Indian journal of veterinary science and animal husbandry - Volume 14,
Year: 1944
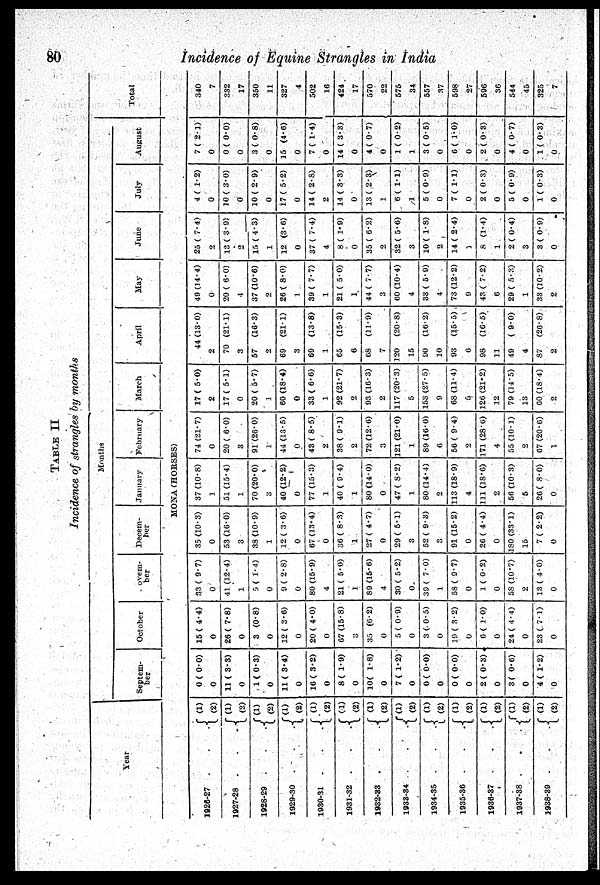
80
Incidence of Equine Strangles in India
TABLE
II
Incidence of strangles by months
Year
1826-27
.
.
.
1927-28 .
.
.
1928-29
.
.
.
1929-30
.
.
.
1930-31 .
.
.
1931-32 .
.
.
1932-33 .
.
.
1933-34 .
.
.
1934-35 . . .
1935-36 . . .
1936-37 .
.
.
1937-38 .
.
.
1938-39 .
.
.
(1)
(2)
(1)
(2)
(1)
(2)
(1)
(2)
(1)
(2)
(1)
(2)
(1)
(2)
(1)
(2)
(1)
(2)
(1)
(2)
(1)
(2)
(1)
(2)
(1)
(2)
Months
Septem-
ber
October
ovem-
ber
Decem-
ber
January
February
March
April
May
June
July
August
Total
MONA (HORSES)
0 ( 0.0)
0
11 ( 3.3)
0
1 ( 0.3)
0
11 ( 3.4)
0
16 ( 3.2)
0
8 ( 1.9)
0
10( 1.8)
0
7 ( 1.2)
0
0 ( 0.0)
0
0 ( 0.0)
0
2 ( 0.3)
0
3 ( 0.6)
0
4 ( 1.2)
0
15 ( 4.4)
0
26 ( 7.8)
0
3 (0.8)
0
12 ( 3.6)
0
20 ( 4.0)
0
67 (15.8)
3
35 (6.2)
0
5 ( 0.9)
0
3 (. 0.5)
0
19 ( 3.2)
0
6 ( 1.0)
0
24 ( 4.4)
0
23 ( 7.1)
0
33 ( 9.7)
0
41 (12.4)
1
5 ( 1.4)
0
9 ( 2.8)
0
80 (15.9)
4
21 ( 5.0)
1
89 (15.6)
4
30 ( 5.2)
0
39 ( 7.0)
1
58 ( 9.7)
0
1 ( 0.2)
0
58 (10.7)
2
13 ( 4.0)
0
35 (10.3)
0
53 (16.0)
3
38 (10.9)
1
12 ( 3-6)
0
67 (13.4)
0
36 ( 8.3)
1
27 ( 4.7)
0
29 ( 5.1)
3
52 ( 9.3)
3
91 (15.2)
0
26 ( 4.4)
0
180 (33.1)
15
7 ( 2.2)
0
37 (10.8)
1
51 (15.4)
1
70 (20.0)
3
40 (12.2)
0
77 (15.3)
1
40 ( 9.4)
1
80 (14.0)
0
47 ( 8.2)
1
80 (14.4)
2
113 (18.9)
4
111 (18.6)
2
56 (10.3)
5
26 ( 8.0)
0
74 (21.7)
0
20 ( 6.0)
3
91 (26.0)
1
44 (13.5)
0
43 ( 8.5)
2
38 ( 9.1)
2
72 (12.6)
3
121 (21.0)
1
89 (16.0)
6
56 ( 9.4)
2
171 (28.6)
4
55 (10.1)
2
67 (20.6)
1
17 ( 5.0)
2
17 ( 5.1)
0
20 ( 5.7)
1
60 (18.4)
0
33 ( 6.6)
1
92 (21.7)
93 (16.3)
2
117 (20.3)
5
153 (27.5)
9
68 (11.4)
5
126 (21.2)
12
79 (14.5)
13
60 (18.4)
2
44 (13.0)
2
70 (21.1)
3
57
(16.3)
69
(21.1)
3
69
(13.8)
1
65
(15.3)
6
68
(11-9)
7
120
(20.8)
15
90
(16.2)
10
93
(15.5)
6
98
(16.5)
11
49 ( 9.0)
4
87
(26.8)
2
49 (14.4)
0
20 ( 6.0)
4
37 (10.6)
26 ( 8.0)
1
39 ( 7.7)
1
21 ( 5.0)
1
44 ( 7.7)
3
60 (10.4)
4
33 ( 5.9)
4
73 (12.2)
9
43 ( 7.2)
6
29 ( 5.3)
1
33 (10.2)
2
25 ( 7.4)
2
13 ( 3.9)
15 ( 4.3)
1
12 (3.6)
0
37 ( 7.4)
4
8 ( 1.9)
0
35 ( 6.2)
2
32 ( 5.6)
3
10 ( 1.8)
2
14 ( 2.4)
1
8 (1.4)
1
2 ( 0.4)
3
3 ( 0.9)
0
4 ( 1.2)
0
10 ( 3.0)
0
10 ( 2.9)
0
17 ( 5.2)
0
14 ( 2.3)
2
14 ( 3.3)
0
13 ( 2.3)
1
6 ( 1.1)
1
5 ( 0.9)
0
7 ( 1.1)
0
2 ( 0.3)
0
5 ( 0.9)
0
1 ( 0.3)
0
7 ( 2.1)
0
0 ( 0.0)
0
3 ( 0.8)
0
15 (4.6)
0
7 ( 1.4)
0
14 ( 3.3)
0
4 ( 0.7)
0
1 ( 0.2)
1
3 ( 0.5)
0
6 ( 1.0)
0
2 ( 0.3)
0
4 ( 0.7)
0
1 (0.3)
0
340
7
332
17
350
11
327
4
502
16
424
17
570
22
575
34
557
37
598
27
596
36
544
45
325
7